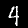
Label: 4